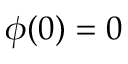
\phi ( 0 ) = 0